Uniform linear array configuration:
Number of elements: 64
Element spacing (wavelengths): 0.5
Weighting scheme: hann
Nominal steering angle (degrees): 45
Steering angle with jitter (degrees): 45.756
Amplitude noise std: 0.05
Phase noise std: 0.05

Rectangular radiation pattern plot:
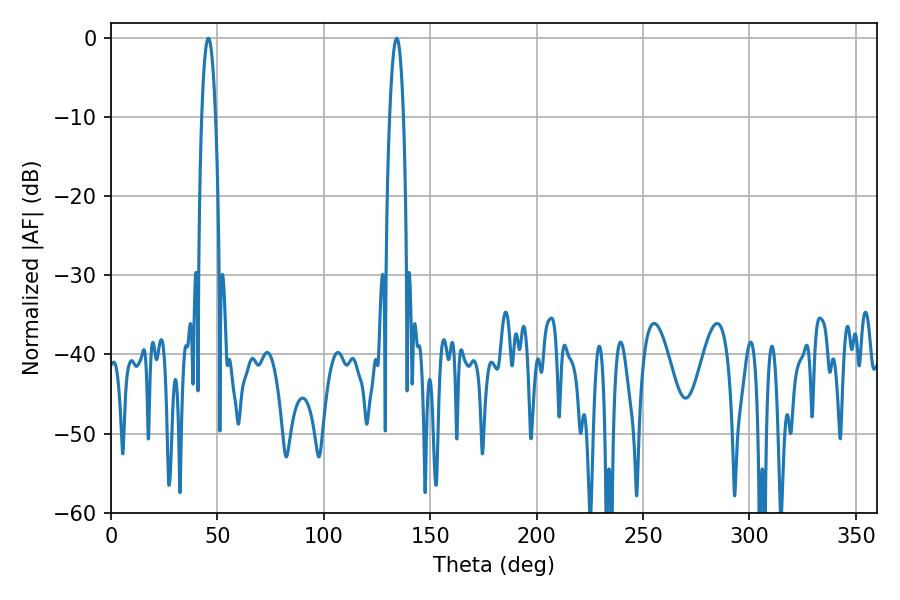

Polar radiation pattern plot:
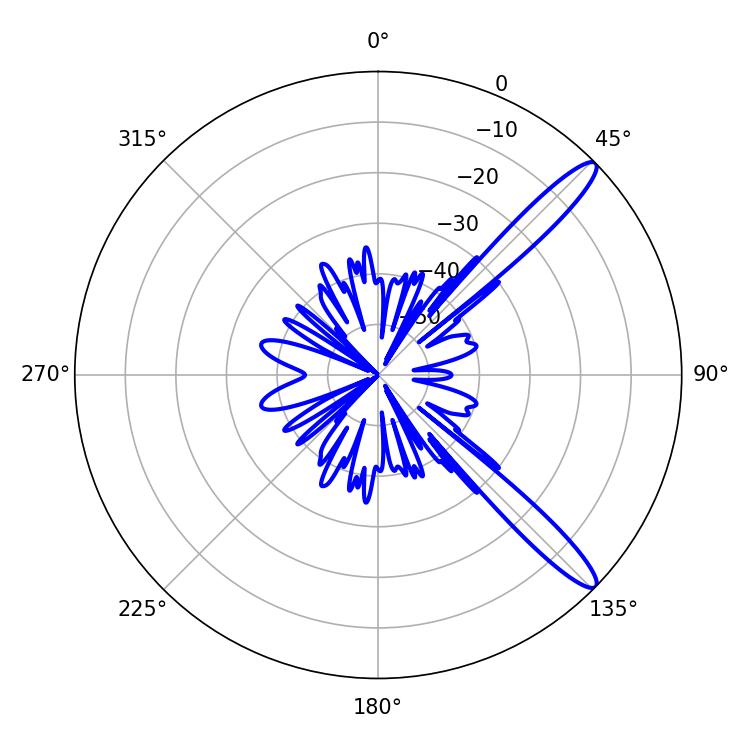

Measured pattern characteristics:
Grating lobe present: FALSE
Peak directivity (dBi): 13.123
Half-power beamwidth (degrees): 3.6
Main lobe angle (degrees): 45.72